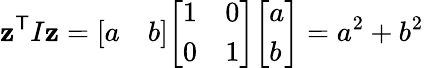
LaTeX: \mathbf{z}^{\textsf{{T}}}I\mathbf{z}={\left[\begin{array}{ll}{a}&{b}\end{array}\right]}{\left[\begin{array}{ll}{1}&{0}\\ {0}&{1}\end{array}\right]}{\left[\begin{array}{l}{a}\\ {b}\end{array}\right]}=a^{2}+b^{2}